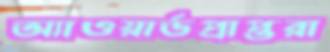
অ্যাওয়ার্ডপ্রাপ্তরা